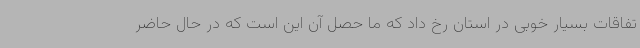
تفاقات بسیار خوبی در استان رخ داد که ما حصل آن این است که در حال حاضر